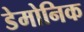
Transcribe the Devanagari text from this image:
डेमोनिक